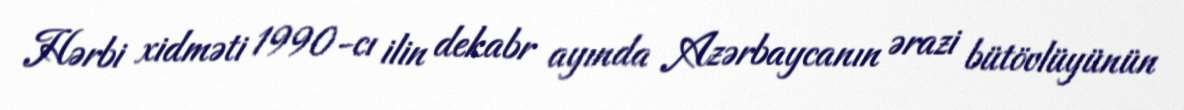
Hərbi xidməti 1990-cı ilin dekabr ayında Azərbaycanın ərazi bütövlüyünün